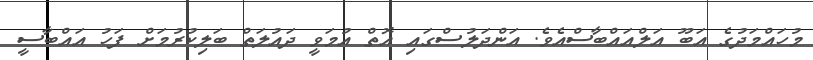
މުހައްމަދުގެ އަބޫ އަލްއައްބާސްއެވެ. އަންދަލުސްގައި އޮތް އުމަވީ ދައުލަތް ބަލިކުރުމަށް ފަހު އައްބާސީ